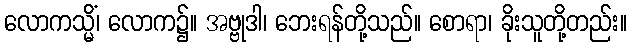
လောကသ္မိံ၊ လောက၌။ အဗ္ဗုဒါ၊ ဘေးရန်တို့သည်။ စောရာ၊ ခိုးသူတို့တည်း။